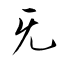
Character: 旡